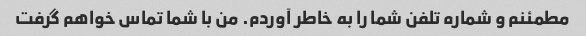
مطمئنم و شماره تلفن شما را به خاطر آوردم. من با شما تماس خواهم گرفت